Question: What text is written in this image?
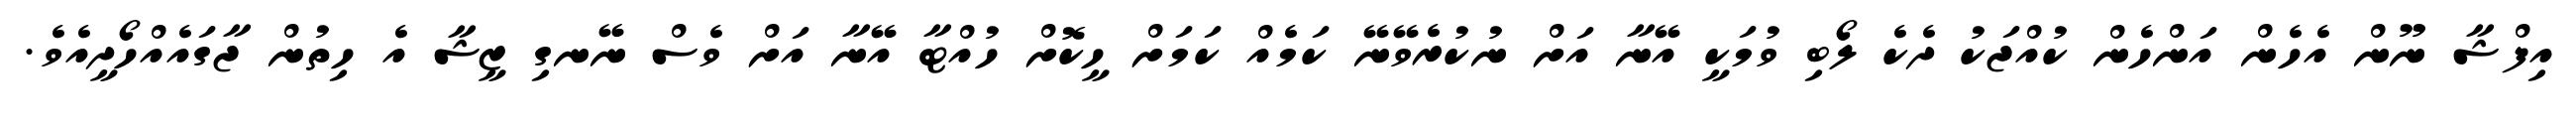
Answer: އިފްޝާ ނޫން އެހެން އަންހެން ކުއްޖަކު ދެކެ ލޯބި ވުމަކީ އޭނާ އަށް ނުކުރެވޭނޭ ކަމެއް ކަމަށް ހީކޮށް ހުއްޓާ އޭނާ އަށް ވެސް ނޭނގި ޒީޝާ އެ ހިތުން ޖާގައެއްހޯދީއެވެ.